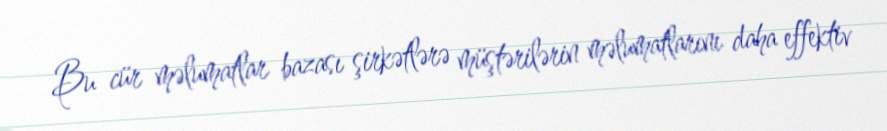
Bu cür məlumatlar bazası şirkətlərə müştərilərin məlumatlarını daha effektiv